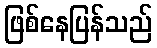
ဖြစ်နေပြန်သည်